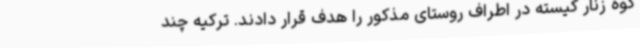
کوه زنار کیسته در اطراف روستای مذکور را هدف قرار دادند. ترکیه چند